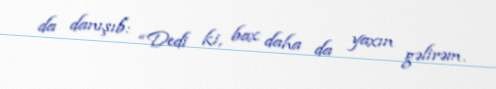
da danışıb: “Dedi ki, bax daha da yaxın gəlirəm.